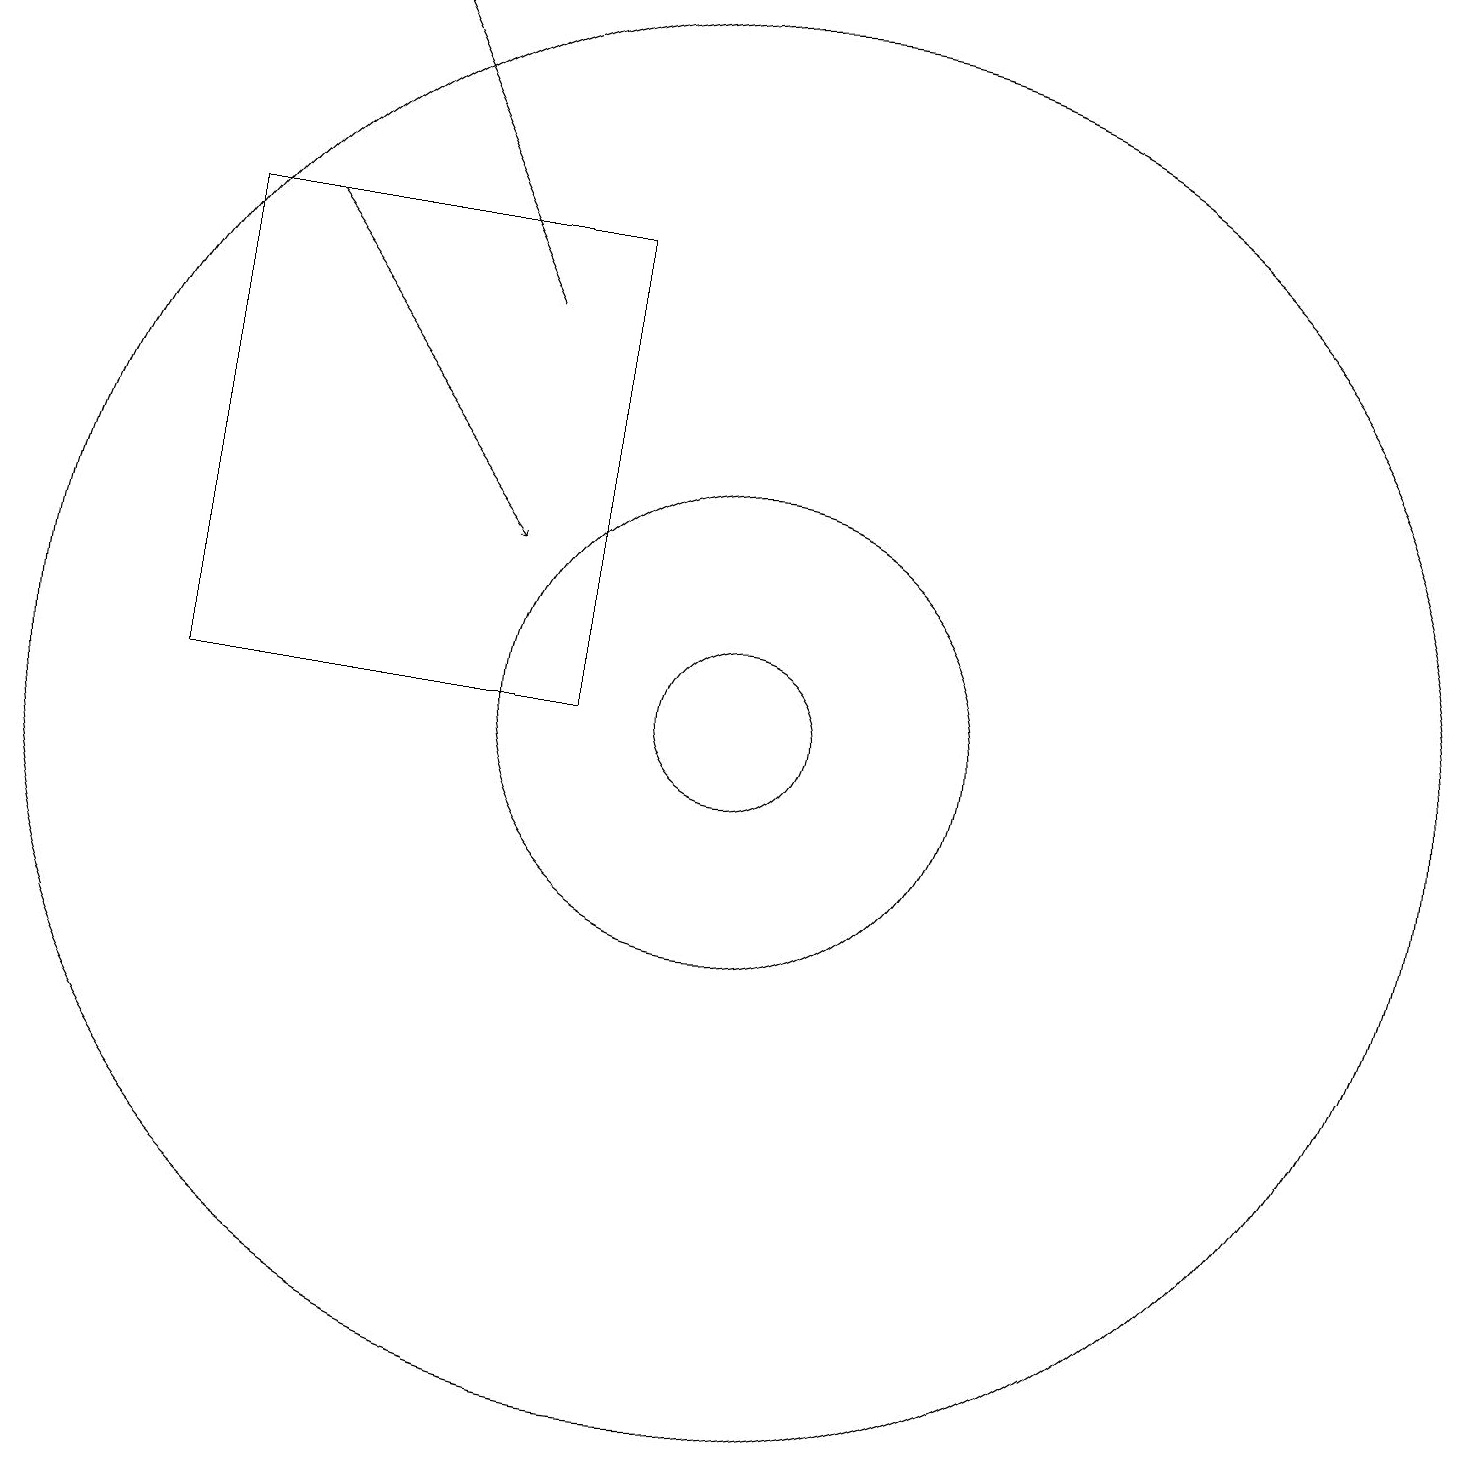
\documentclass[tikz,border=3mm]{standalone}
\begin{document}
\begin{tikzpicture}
\draw (10,10) circle (1);
\draw (10,10) circle (9);
\draw[->] (7,15) -- (5,19);
\draw (10,10) circle (3);
\draw (11,11) circle (0);
\draw[->] (4,16) -- (7,12);
\draw (8,16) rectangle (3,10);
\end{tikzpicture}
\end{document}